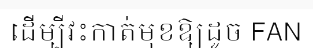
ដើម្បីវះកាត់មុខឱ្យដូច FAN